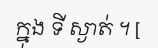
ក្នុង ទី ស្ងាត់ ។ [